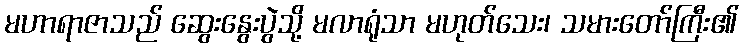
မဟာရာဇာသည် ဆွေးနွေးပွဲသို့ မလာရုံသာ မဟုတ်သေး၊ သမားတော်ကြီး၏